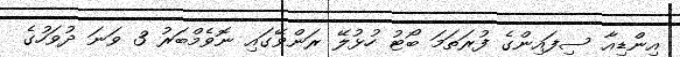
އިންޑިއާ ސިފައިންގެ ފުރަތަމަ ބޯޓު ހުޅުލޭ ރަންވޭގައި ނޮވެމްބަރު 3 ވަނަ ދުވަހުގެ